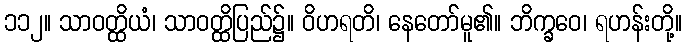
၁၁၂။ သာဝတ္ထိယံ၊ သာဝတ္ထိပြည်၌။ ဝိဟရတိ၊ နေတော်မူ၏။ ဘိက္ခဝေ၊ ရဟန်းတို့။